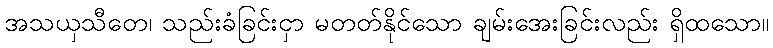
အသယှသီတေ၊ သည်းခံခြင်းငှာ မတတ်နိုင်သော ချမ်းအေးခြင်းလည်း ရှိထသော။